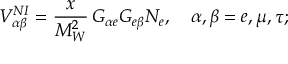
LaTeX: V _ { \alpha \beta } ^ { N I } = \frac { x } { M _ { W } ^ { 2 } } \, G _ { \alpha e } G _ { e \beta } N _ { e } , \quad \alpha , \beta = e , \mu , \tau ;